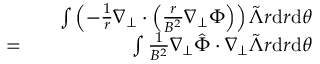
\begin{array} { r l r } & { } & { \int \left( - \frac { 1 } { r } \nabla _ { \perp } \cdot \left( \frac { r } { B ^ { 2 } } \nabla _ { \perp } \Phi \right) \right) \tilde { \Lambda } r \mathrm { d } r \mathrm { d } \theta } \\ { = } & { } & { \int \frac { 1 } { B ^ { 2 } } \nabla _ { \perp } \hat { \Phi } \cdot \nabla _ { \perp } \tilde { \Lambda } r \mathrm { d } r \mathrm { d } \theta } \end{array}